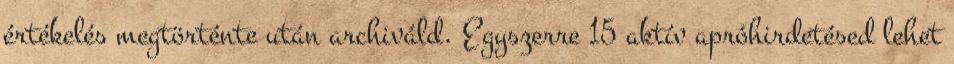
értékelés megtörténte után archiváld. Egyszerre 15 aktív apróhirdetésed lehet